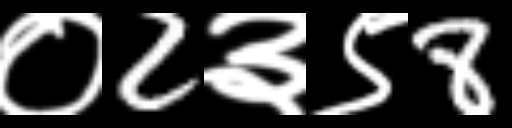
Text: ०2३९8